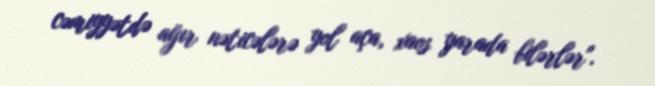
cəmiyyətdə ağır nəticələrə yol aça, xaos yarada bilərlər".